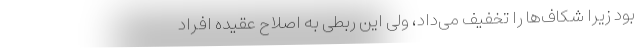
بود زیرا شکاف‌ها را تخفیف می‌داد، ولی این ربطی به اصلاح عقیده افراد